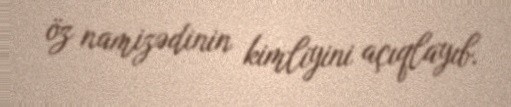
öz namizədinin kimliyini açıqlayıb.